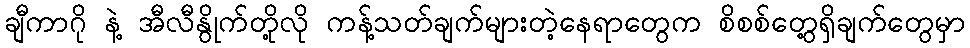
ချီကာဂို နဲ့ အီလီနွိုက်တို့လို ကန့်သတ်ချက်များတဲ့နေရာတွေက စိစစ်တွေ့ရှိချက်တွေမှာ